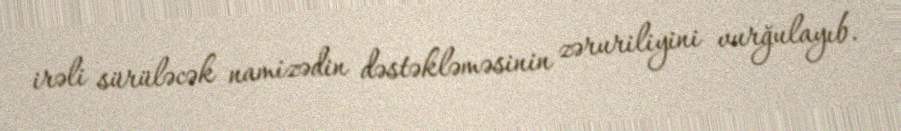
irəli sürüləcək namizədin dəstəkləməsinin zəruriliyini vurğulayıb.